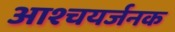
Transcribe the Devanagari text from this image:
आश्चयर्जनक